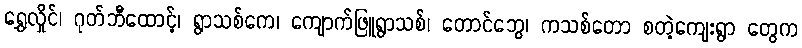
ရွှေလှိုင်၊ ဂုတ်ဘီထောင့်၊ ရွာသစ်ကေ၊ ကျောက်ဖြူရွာသစ်၊ တောင်ဘွေ၊ ကသစ်တော စတဲ့ကျေးရွာ တွေက